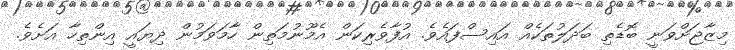
މިޒާޖަށްވަނީ ބޮޑެތި ބަދަލުތަކެއް އައިސްފައެވެ. އުފާވެރިކަން އެމޫނުމަތިން ހާމަވަމުން ދިޔައީ އިންތިހާ އަށެވެ.